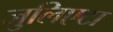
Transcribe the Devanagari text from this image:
जुलिएटा